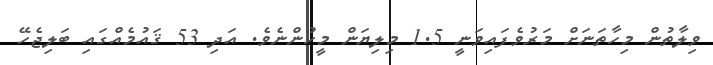
ވިލާތުން މިހާތަނަށް މަރުވެފައިވަނީ 1.5 މިލިޔަން މީހުންނެވެ. އަދި 53 ޤައުމެއްގައި ބަލިޖެހޭ